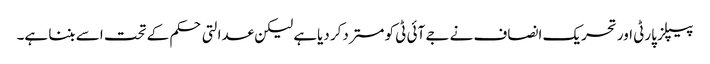
پیپلز پارٹی اور تحریک انصاف نے جے آئی ٹی کو مستردکر دیاہے لیکن عدالتی حکم کے تحت اسے بننا ہے۔